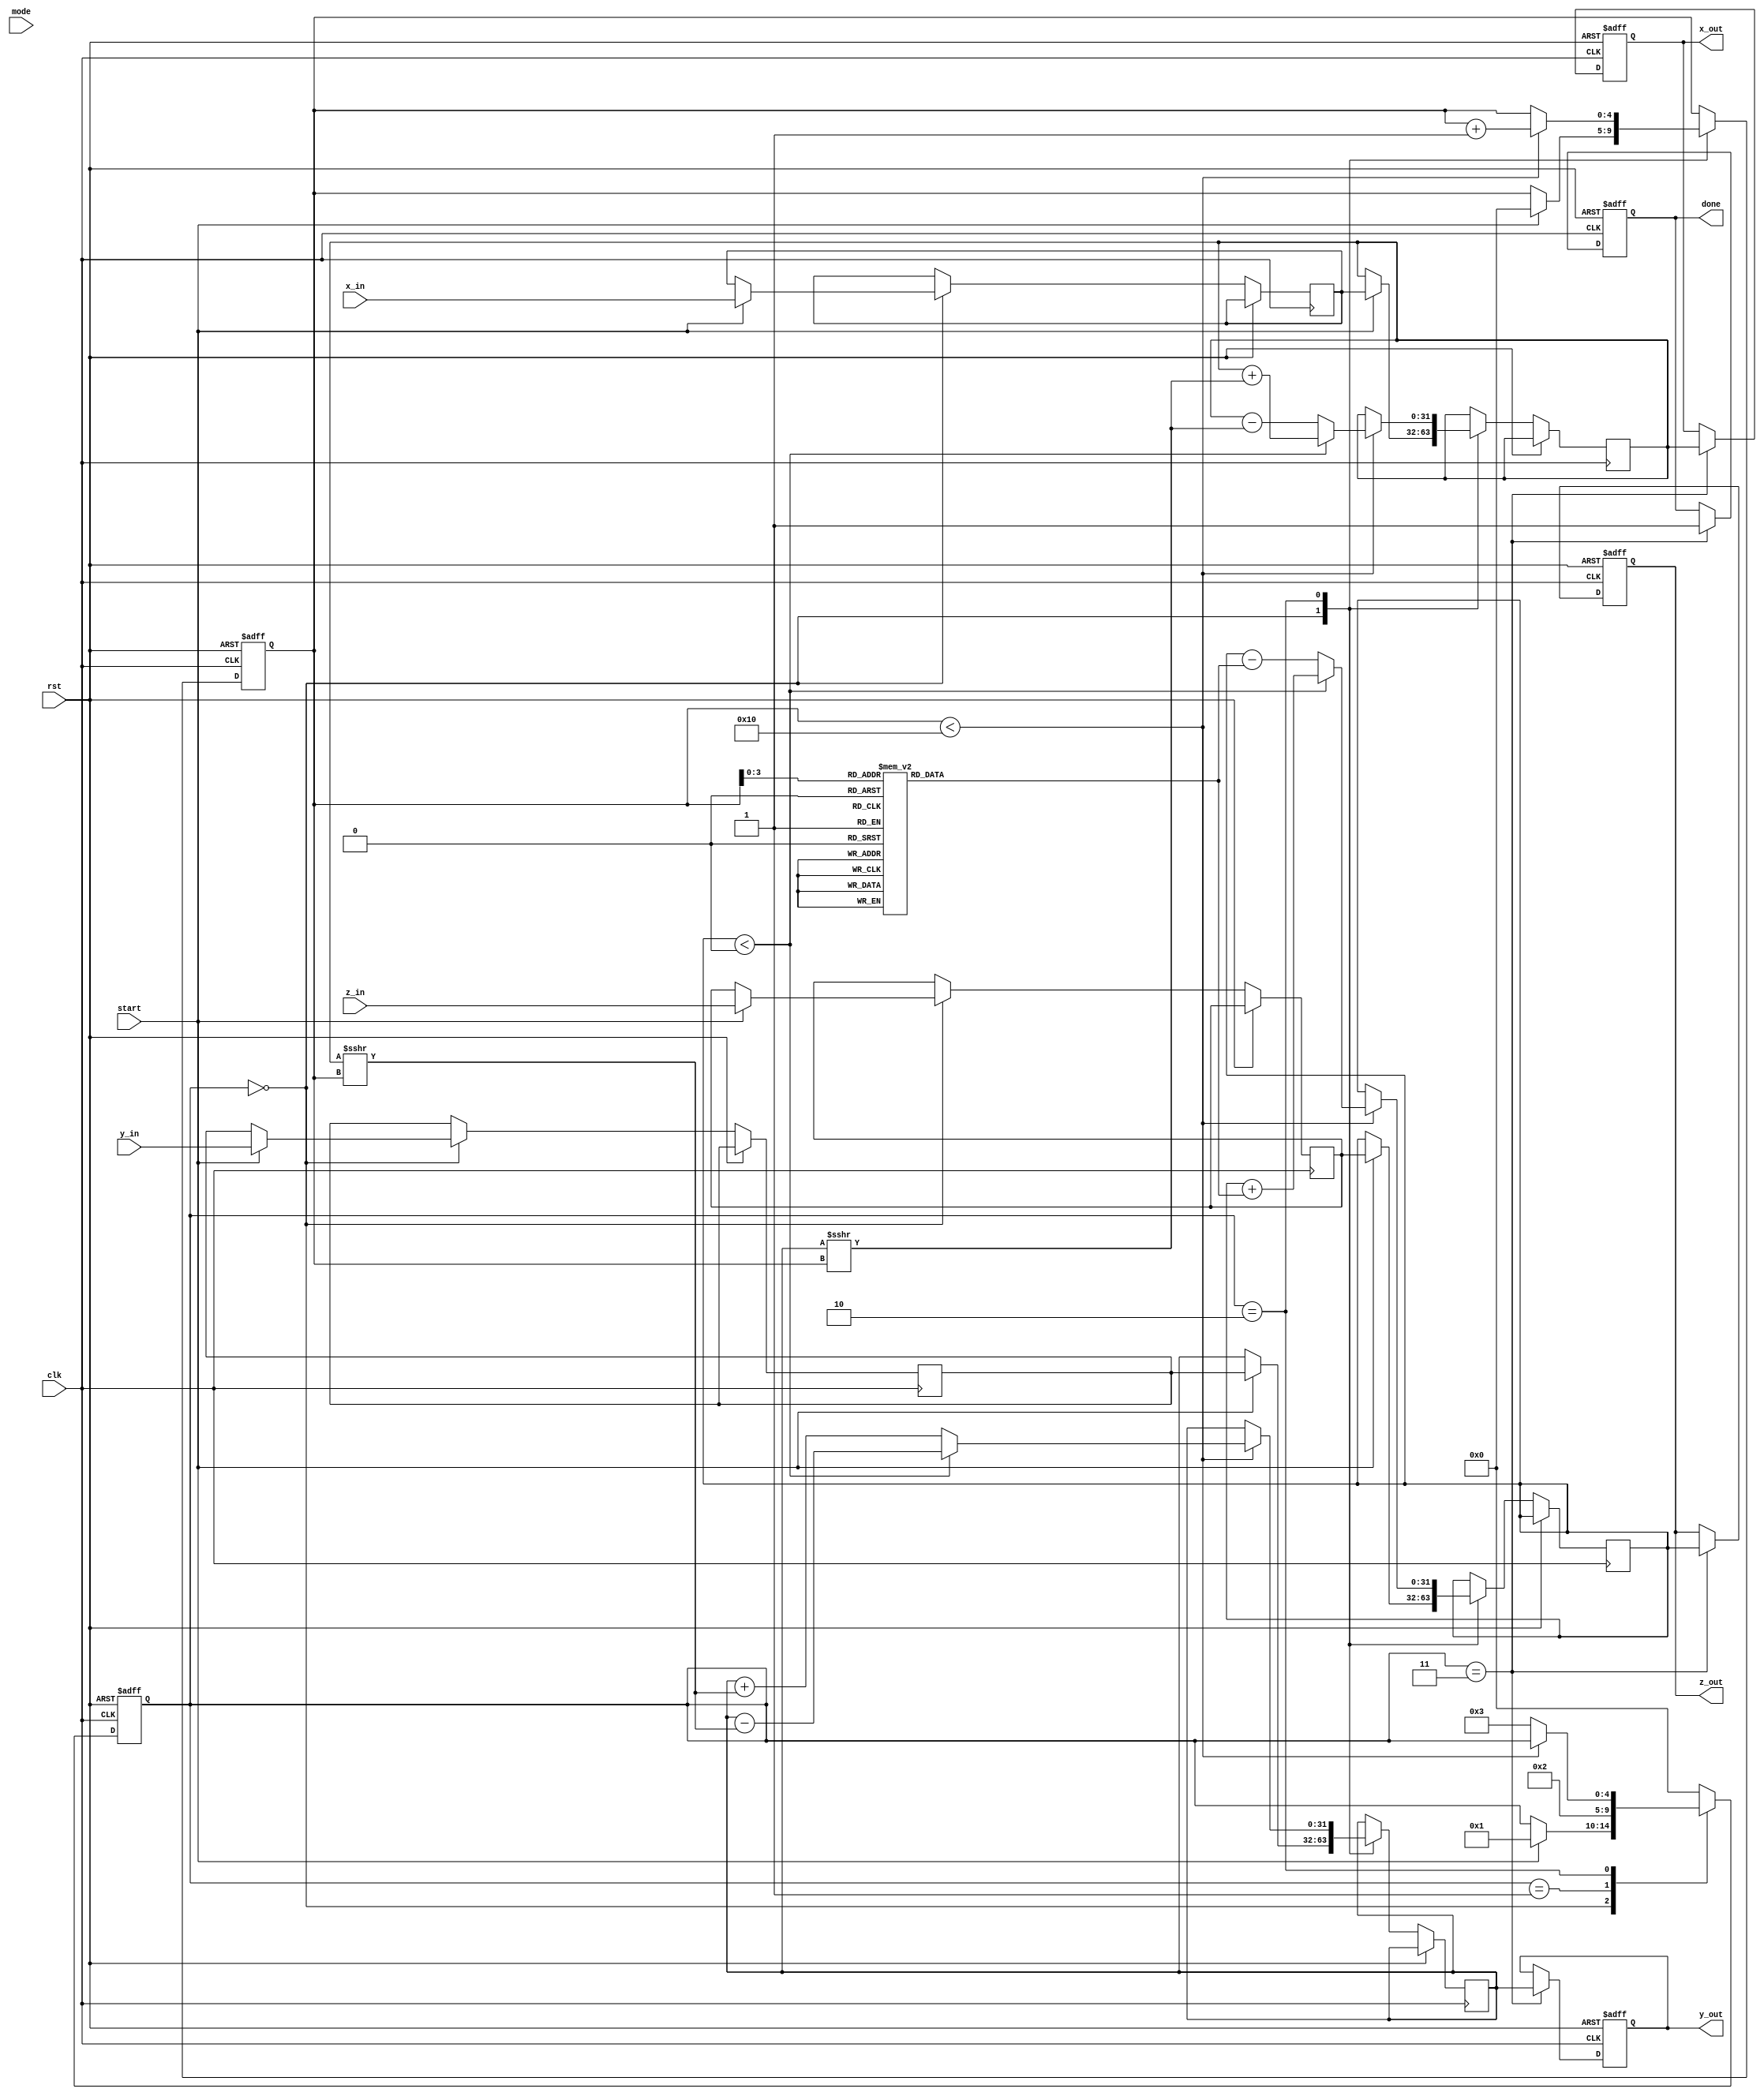
module floating_point_cordic (
    input wire clk,
    input wire rst,
    input wire [31:0] x_in,      // IEEE 754 single-precision floating-point
    input wire [31:0] y_in,      // IEEE 754 single-precision floating-point
    input wire [31:0] z_in,      // Rotation angle in IEEE 754
    input wire mode,              // 0: rotation mode, 1: vectoring mode
    input wire start,
    output reg [31:0] x_out,
    output reg [31:0] y_out,
    output reg [31:0] z_out,
    output reg done
);

parameter NUM_ITER = 16;        // Number of iterations for CORDIC
reg [31:0] x_fixed, y_fixed;    // Fixed-point representations
reg [31:0] z_fixed;             // Fixed-point angle representation
reg [4:0] state;                // FSM State
reg [4:0] count;                // Count iterations
reg signed [31:0] x_curr, y_curr;
reg signed [31:0] z_curr;

// CORDIC coefficients (arctangent values)
reg signed [31:0] atan_tbl[0:NUM_ITER-1];

// Initialize arctan table
initial begin
    // Populate atan table with precomputed values based on the scaling factor for CORDIC.
    atan_tbl[0] = 32'h20000000;  // atan(2^-0) = 0.785398...
    atan_tbl[1] = 32'h13333333;  // atan(2^-1) = 0.463647...
    atan_tbl[2] = 32'h0a3d70a4;  // atan(2^-2)
    // Similarly, populate for other iterations
end

// State encoding
parameter IDLE = 0, INIT = 1, CORDIC_ROTATE = 2, FINALIZE = 3;

always @(posedge clk or posedge rst) begin
    if (rst) begin
        state <= IDLE;
        done <= 0;
        count <= 0;
        x_out <= 32'b0;
        y_out <= 32'b0;
        z_out <= 32'b0;
    end else begin
        case (state)
            IDLE: begin
                if (start) begin
                    // Initialize input data
                    x_fixed <= x_in; // Convert to fixed-point, normally done outside CORDIC
                    y_fixed <= y_in; // Convert to fixed-point, normally done outside CORDIC
                    z_fixed <= z_in; // Convert to fixed-point, normally done outside CORDIC
                    x_curr <= x_fixed;
                    y_curr <= y_fixed;
                    z_curr <= z_fixed;
                    count <= 0;
                    state <= INIT;
                end
            end
            
            INIT: begin
                // Begin CORDIC iterations.
                state <= CORDIC_ROTATE;
            end
            
            CORDIC_ROTATE: begin
                if (count < NUM_ITER) begin
                    // Perform CORDIC rotation
                    if (z_curr < 0) begin
                        x_curr <= x_curr + (y_curr >>> count);
                        y_curr <= y_curr - (x_curr >>> count);
                        z_curr <= z_curr + atan_tbl[count];
                    end else begin
                        x_curr <= x_curr - (y_curr >>> count);
                        y_curr <= y_curr + (x_curr >>> count);
                        z_curr <= z_curr - atan_tbl[count];
                    end
                    count <= count + 1;
                end else begin
                    state <= FINALIZE;
                end
            end
            
            FINALIZE: begin
                // Output results
                x_out <= x_curr; // Convert back to IEEE 754
                y_out <= y_curr; // Convert back to IEEE 754
                z_out <= z_curr; // Final angle
                done <= 1;
                state <= IDLE; // Return to idle for next operation
            end
            
            default: state <= IDLE;
        endcase
    end
end

endmodule